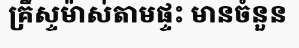
គ្រឹស្ទម៉ាស់តាមផ្ទះ មានចំនួន